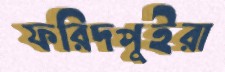
ফরিদপুইরা